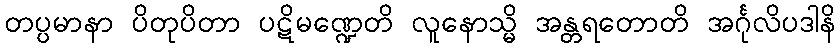
တပ္ပမာနာ ပိတုပိတာ ပဋိမဏ္ဍေတိ လူနောသ္မိ အန္တရတောတိ အင်္ဂုလိပဒါနိ